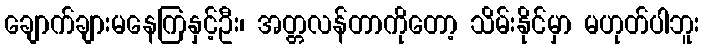
ချောက်ချားမနေကြနှင့်ဦး၊ အတ္တလန်တာကိုတော့ သိမ်းနိုင်မှာ မဟုတ်ပါဘူး